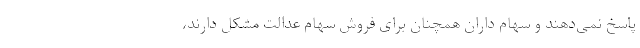
پاسخ نمی‌دهند و سهام داران همچنان برای فروش سهام عدالت مشکل دارند،